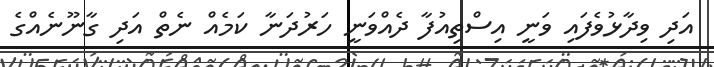
އަދި ވިދާޅުވެފައި ވަނީ އިސްތިއުފާ ދެއްވަނީ ހަރުދަނާ ކަމެއް ނެތް އަދި ގާނޫނެއްގެ